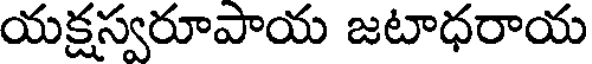
యక్షస్వరూపాయ జటాధరాయ